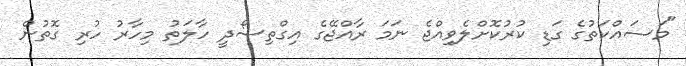
"މަސައްކަތުގެ ގަޑި ކުރުކޮށްލެވިއްޖެ ނަމަ ރާއްޖޭގެ އިގްތިސޯދީ ހާލަތު މިހާރު ހުރި ގޮތުން